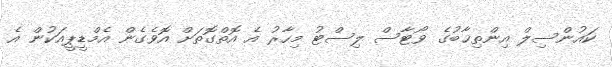
ކައުންސިލް އިންތިޚާބުގެ ވޯޓާސް ލިސްޓު މިހާރު އެ އޮތްގޮތަށް އޮވެގެން އެމްޑީޕީއަކުން އެ